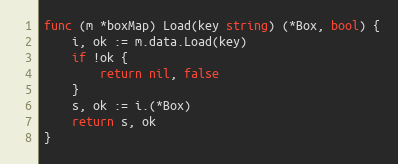
Language: Go
func (m *boxMap) Load(key string) (*Box, bool) {
	i, ok := m.data.Load(key)
	if !ok {
		return nil, false
	}
	s, ok := i.(*Box)
	return s, ok
}